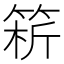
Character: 𥮥